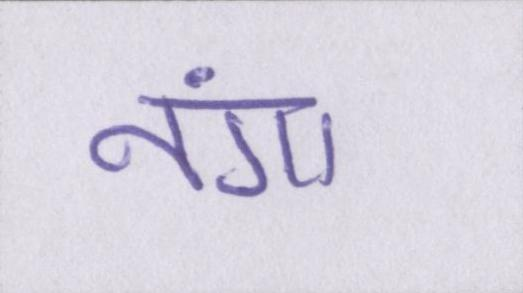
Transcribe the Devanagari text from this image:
नंगा